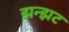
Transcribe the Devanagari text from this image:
झन्झट